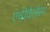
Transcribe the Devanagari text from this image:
एंबीवैलेंस